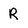
Character: R